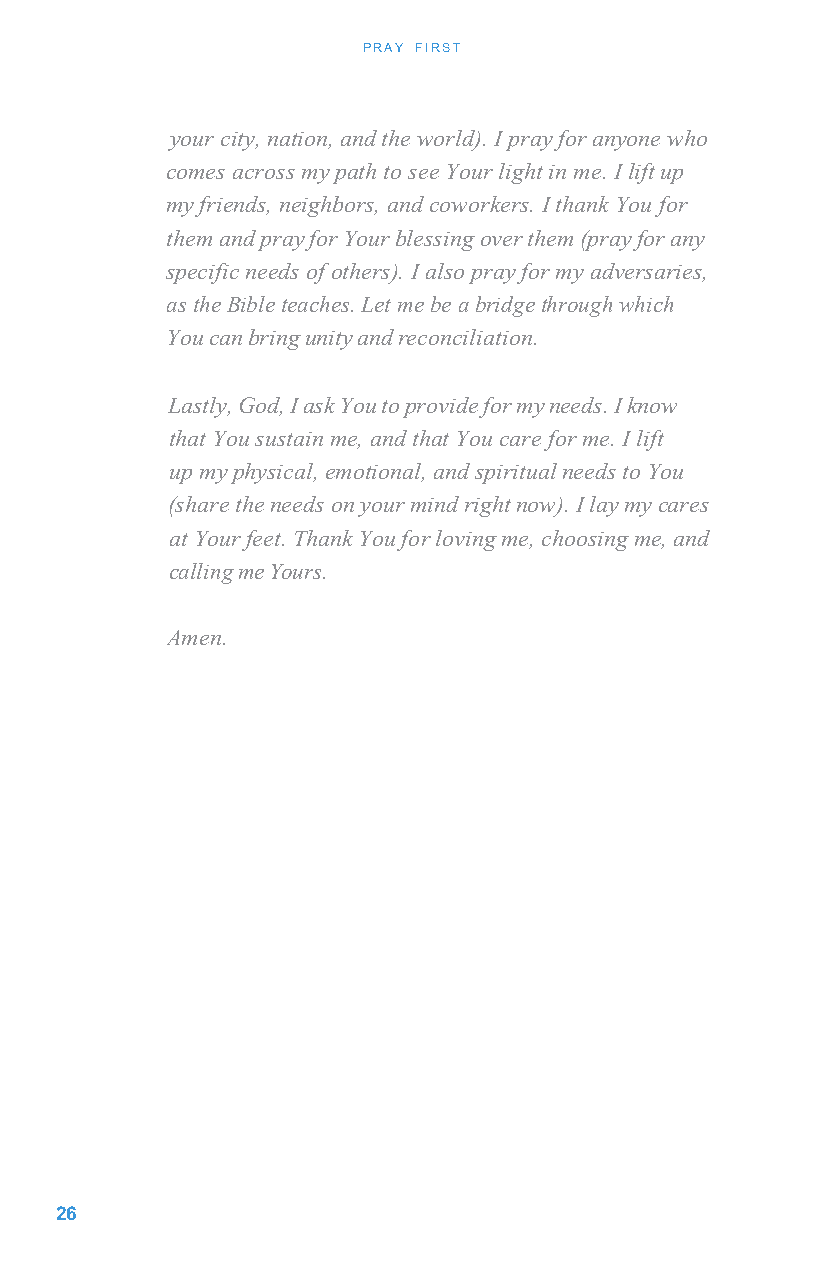
PRAY FIRST
 your city, nation, and the world). I pray for anyone who
 comes across my path to see Your light in me. I lift up
 my friends, neighbors, and coworkers. I thank You for
 them and pray for Your blessing over them (pray for any
 specific needs of others). I also pray for my adversaries,
 as the Bible teaches. Let me be a bridge through which
 You can bring unity and reconciliation.
 Lastly, God, I ask You to provide for my needs. I know
 that You sustain me, and that You care for me. I lift
 up my physical, emotional, and spiritual needs to You
 (share the needs on your mind right now). I lay my cares
 at Your feet. Thank You for loving me, choosing me, and
 calling me Yours.
 Amen.
 2 6